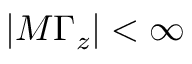
| M \Gamma _ { z } | < \infty